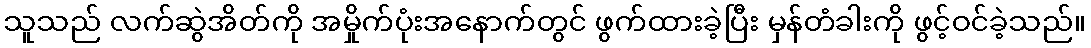
သူသည် လက်ဆွဲအိတ်ကို အမှိုက်ပုံးအနောက်တွင် ဖွက်ထားခဲ့ပြီး မှန်တံခါးကို ဖွင့်ဝင်ခဲ့သည်။